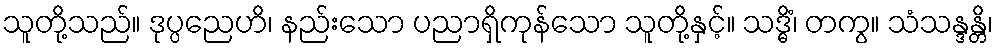
သူတို့သည်။ ဒုပ္ပညေဟိ၊ နည်းသော ပညာရှိကုန်သော သူတို့နှင့်။ သဒ္ဓိံ၊ တကွ။ သံသန္ဒန္တိ၊